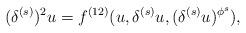
LaTeX: \begin{align*} (\delta^{(s)})^2u =f^{(12)}(u,\delta^{(s)}u,(\delta^{(s)}u)^{\phi^s}),\end{align*}